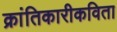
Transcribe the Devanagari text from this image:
क्रांतिकारीकविता